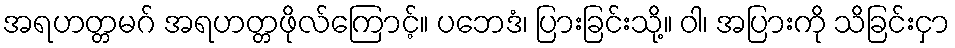
အရဟတ္တမဂ် အရဟတ္တဖိုလ်ကြောင့်။ ပဘေဒံ၊ ပြားခြင်းသို့။ ဝါ၊ အပြားကို သိခြင်းငှာ